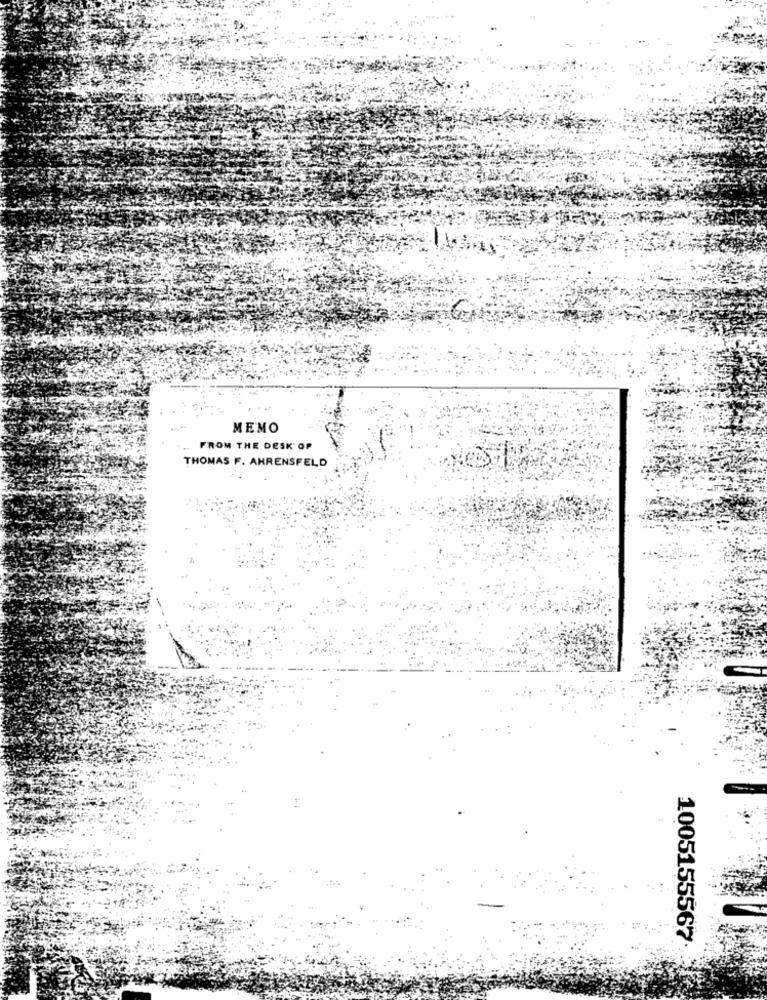
MEMO
FROM THE DESK OF
THOMAS F. AHRENSFELD
1005155567